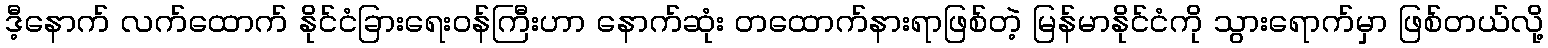
ဒီ့နောက် လက်ထောက် နိုင်ငံခြားရေးဝန်ကြီးဟာ နောက်ဆုံး တထောက်နားရာဖြစ်တဲ့ မြန်မာနိုင်ငံကို သွားရောက်မှာ ဖြစ်တယ်လို့